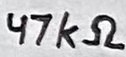
Text: 47kΩ